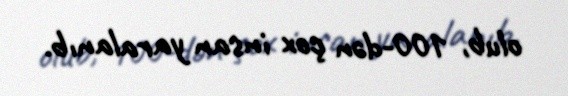
olub, 100-dən çox insan yaralanıb.